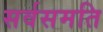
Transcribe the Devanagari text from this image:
सर्वसमति